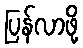
ပြန်လာဖို့